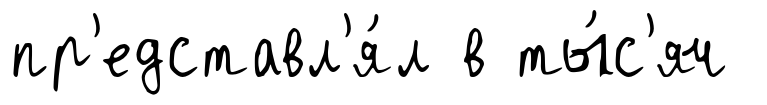
пр'едставл'я́л в ты́с'яч